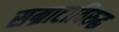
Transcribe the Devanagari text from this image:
सम्राटाविरुद्ध